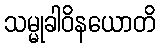
သမ္မုခါဝိနယောတိ